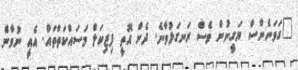
"ގަވަނެންސް ޔަގީނުން ވެސް ރަނގަޅުވާނެ. ދެން އޮތީ ފިޒިކަލް މަސައްކަތްތައް. އެއީ ނުވާނެ